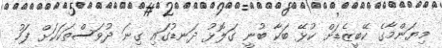
މިޔަންމާގެ ކޭބީޒެޑަށް ކުޅޭ ބަކާ ބުނީ ގަލޮޅު ދަނޑުގައި ގިނަ ދުވަސްތަކަަކަށް ފަހު